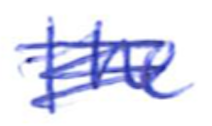
Text: the
Cross-out: scratch
Writing tool: ballpoint